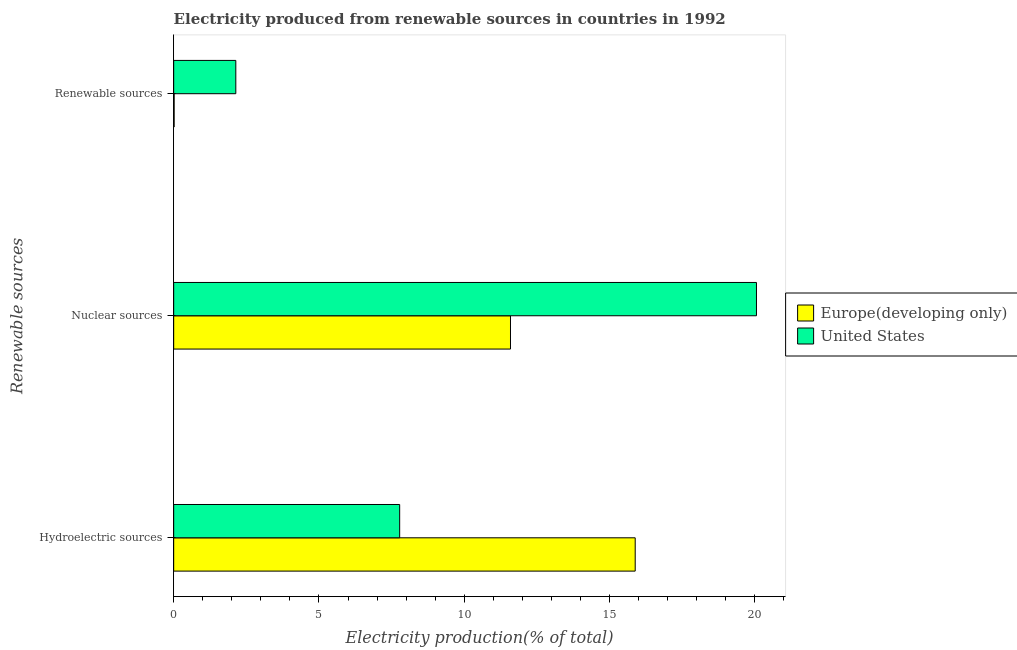
| Renewable sources | Europe(developing only) | United States |
 | --- | --- | --- |
 | Hydroelectric sources | 15.9 | 7.78 |
 | Nuclear sources | 11.6 | 20.1 |
 | Renewable sources | 0.0162 | 2.14 |